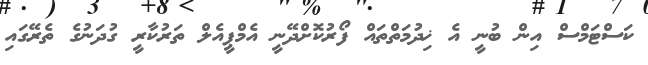
ކަސްޓަމްސް އިން ބުނީ އެ ޚިދުމަތްތައް ފޯރުކޮށްދޭނީ އެމްޕީއެލް ތަރުކާރީ ގުދަނުގެ ތެރޭގައި